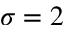
\sigma = 2